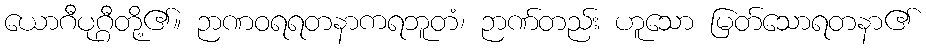
ယောဂီပုဂ္ဂီတို့၏။ ဉာဏဝရရတနာကရဘူတံ၊ ဉာဏ်တည်း ဟူသော မြတ်သောရတနာ၏